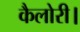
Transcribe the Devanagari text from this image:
कैलोरी।